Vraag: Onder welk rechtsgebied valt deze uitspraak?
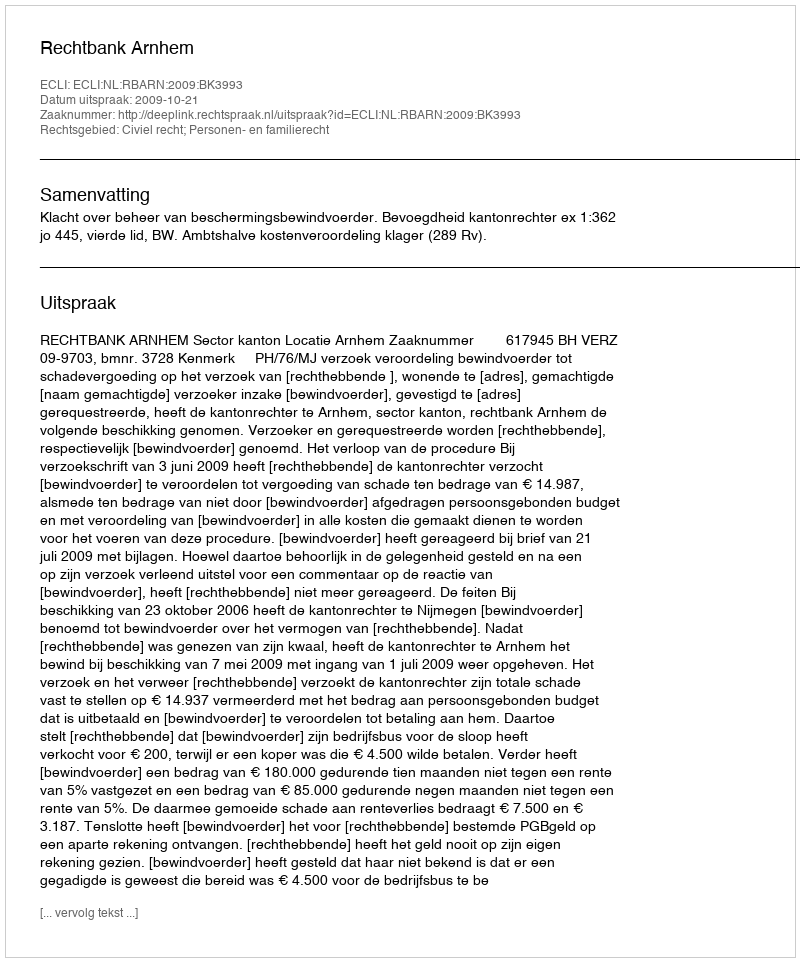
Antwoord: Civiel recht; Personen- en familierecht